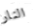
النار